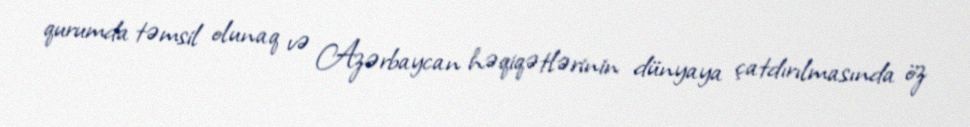
qurumda təmsil olunaq və Azərbaycan həqiqətlərinin dünyaya çatdırılmasında öz